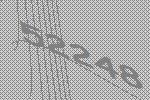
52248